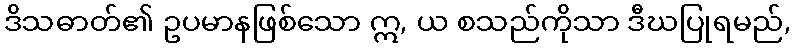
ဒိသဓာတ်၏ ဥပမာနဖြစ်သော ဣ, ယ စသည်ကိုသာ ဒီဃပြုရမည်,